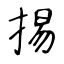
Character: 掦